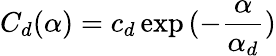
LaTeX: C_{d}(\alpha)=c_{d}\exp{(-\frac{\alpha}{\alpha_{d}})}